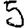
Digit: 5